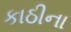
કાઠીના